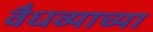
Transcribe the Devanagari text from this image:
वैधव्याच्या